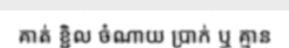
គាត់ ខ្ជិល ចំណាយ ប្រាក់ ឬ គ្មាន